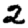
Digit: 2